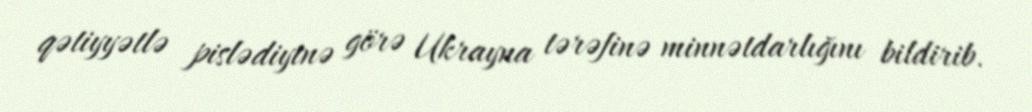
qətiyyətlə pislədiyinə görə Ukrayna tərəfinə minnətdarlığını bildirib.